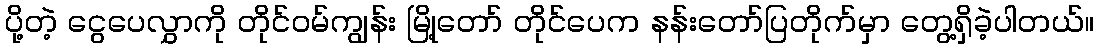
ပို့တဲ့ ငွေပေလွှာကို တိုင်ဝမ်ကျွန်း မြို့တော် တိုင်ပေက နန်းတော်ပြတိုက်မှာ တွေ့ရှိခဲ့ပါတယ်။